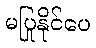
မပြုနိုင်ပေ